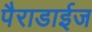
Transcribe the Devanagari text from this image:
पैराडाईज